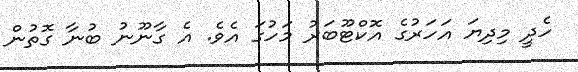
ހެދީ މިދިޔަ އަހަރުގެ އޮކްޓޫބަރު މަހުގަ އެވެ. އެ ގާނޫނު ބުނާ ގޮތުން